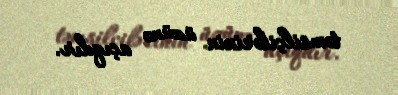
təmsilçilərinin üzünə açıqdır.